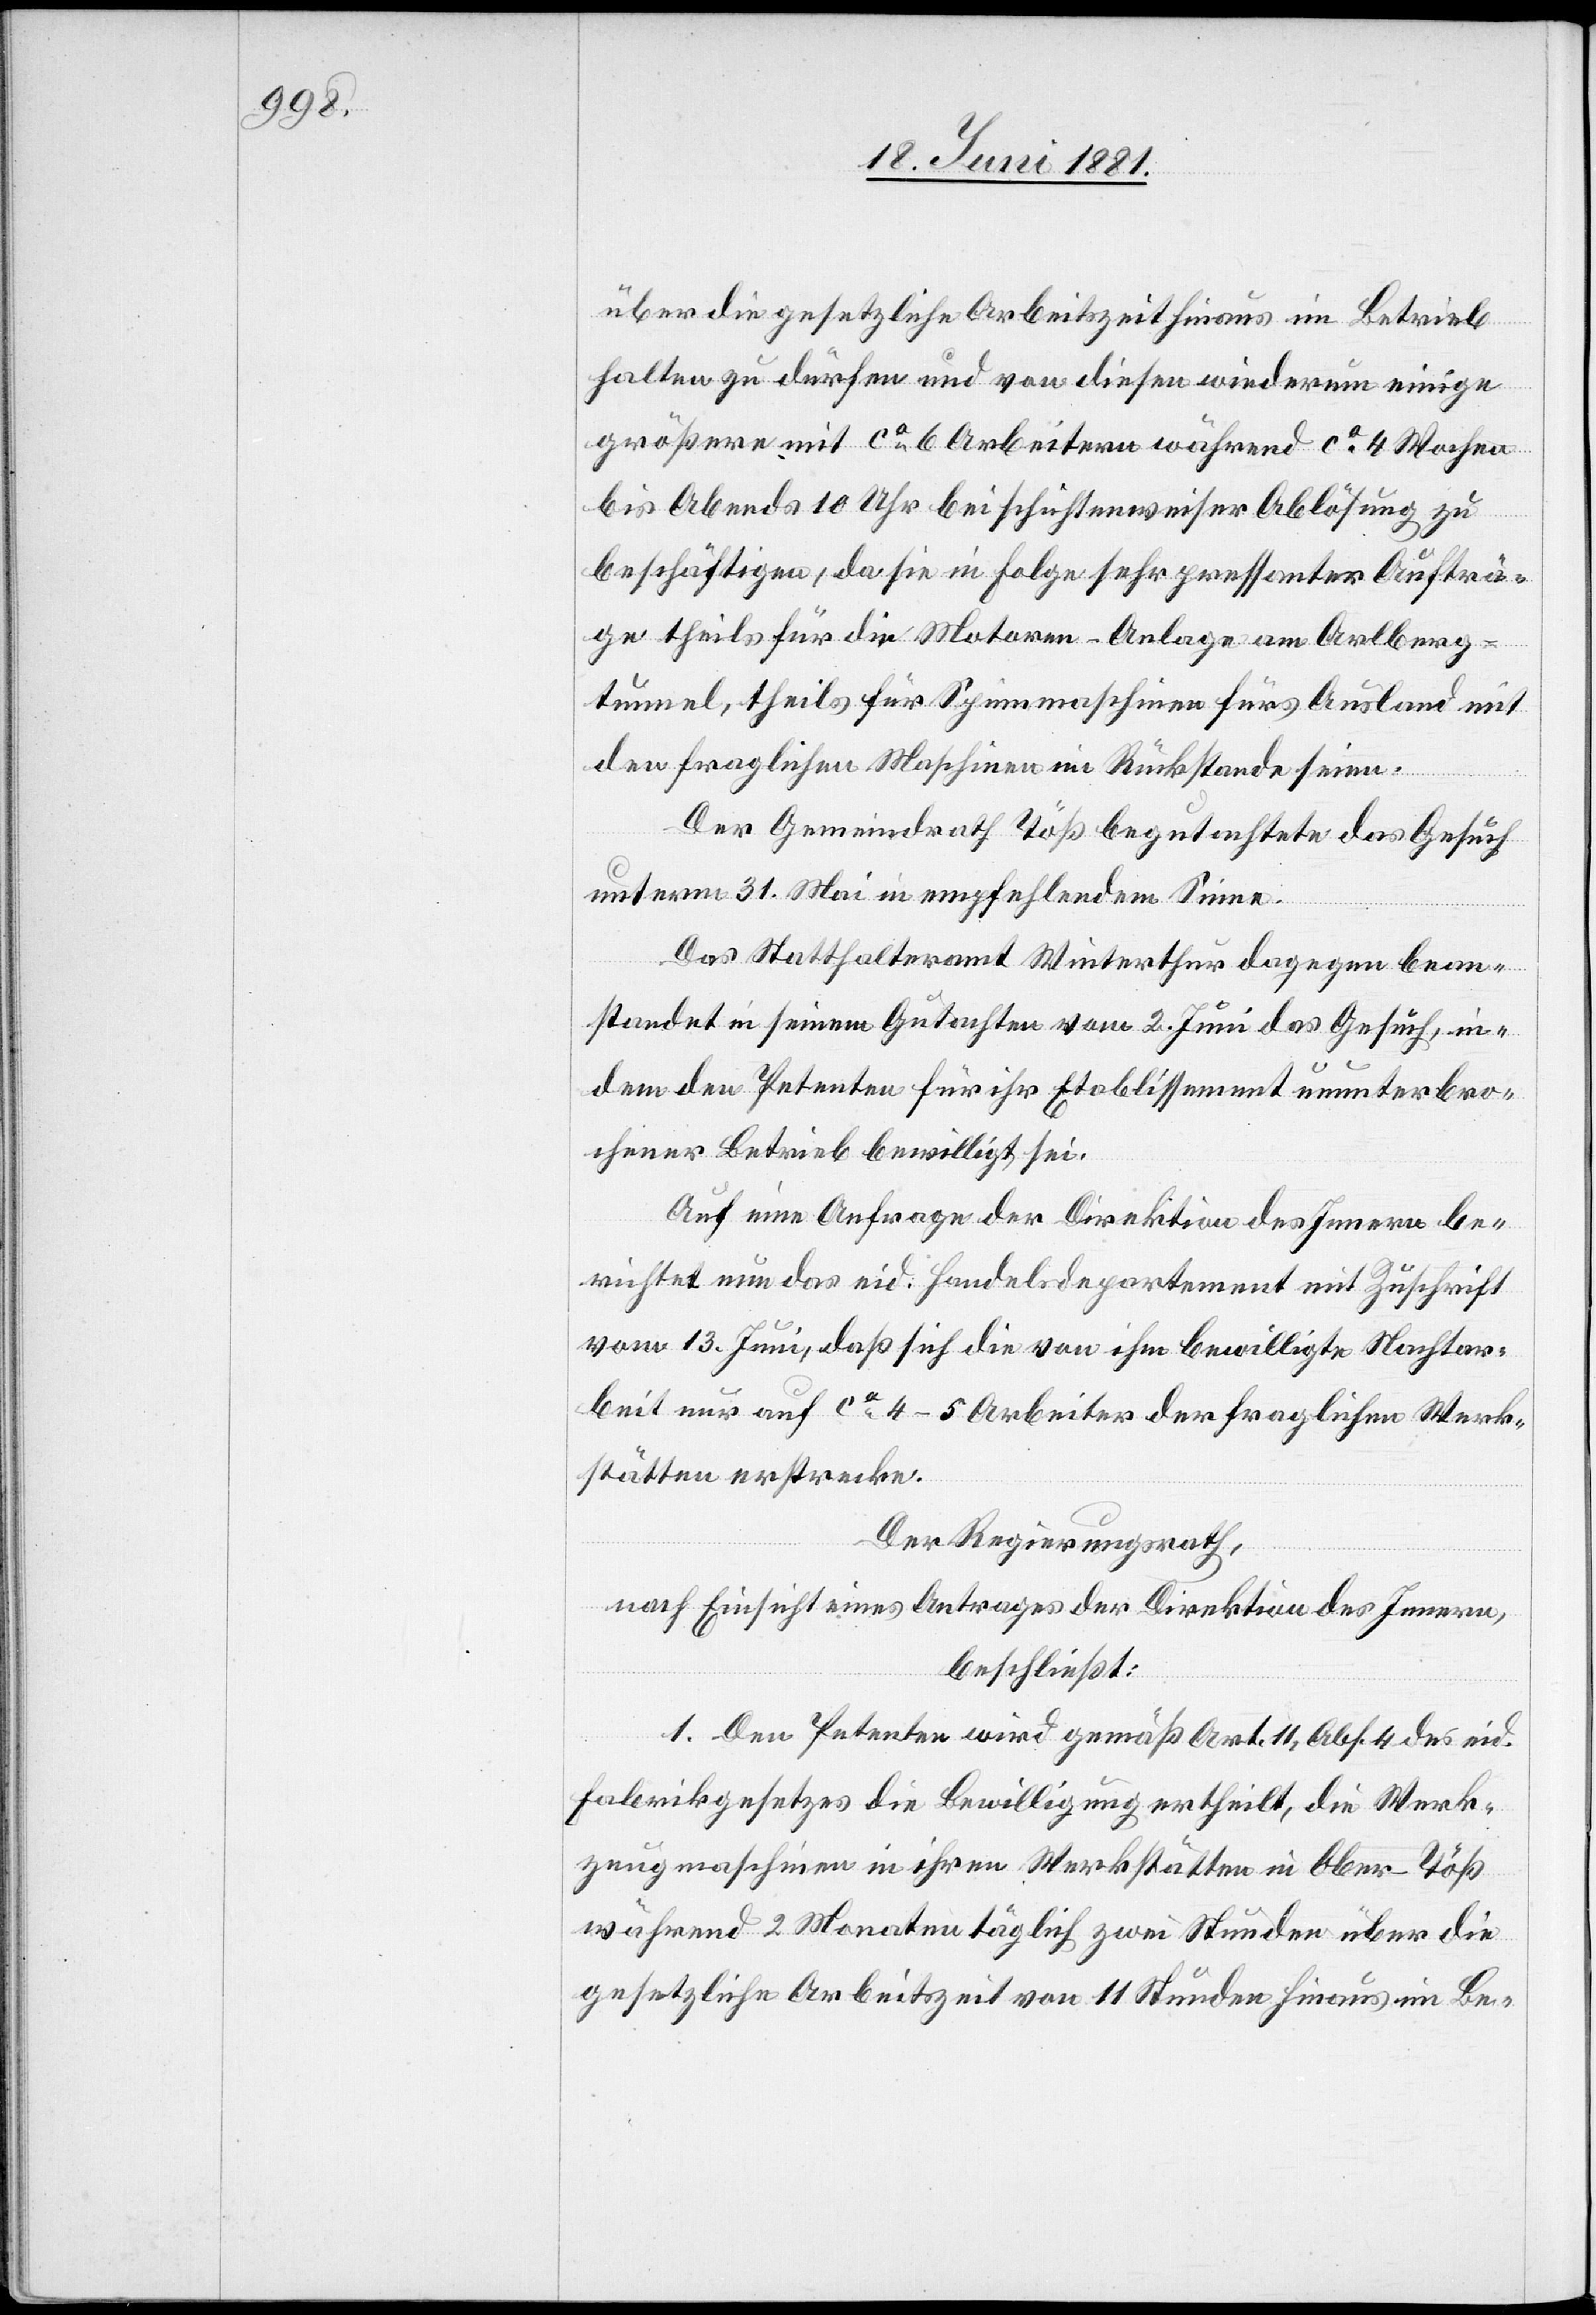
über die gesetzliche Arbeitszeit hinaus im Betrieb
halten zu dürfen und von diesen wiederum einige
größere mit ca 6 Arbeitern während ca 4 Wochen
bis Abends 10 Uhr bei schichtenweiser Ablösung zu
beschäftigen, da sie in Folge sehr pressanter Aufträ¬
ge theils für die Motoren-Anlage am Arlberg¬
tunnel, theils für Spinnmaschinen fürs Ausland mit
den fraglichen Maschinen im Rückstande seien.
Der Gemeindrath Töß begutachtete das Gesuch
unterm 31. Mai in entsprechendem Sinne.
Das Statthalteramt Winterthur dagegen bean¬
standet in seinem Gutachten vom 2. Juni das Gesuch, in¬
dem den Petenten für ihr Etablissement ununterbro¬
chener Betrieb bewilligt sei.
Auf eine Anfrage der Direktion des Innern be¬
richtet nun das eid. Handelsdepartement mit Zuschrift
vom 13. Juni, daß sich die von ihm bewilligte Nachtar¬
beit nur auf ca 4–5 Arbeiter der fraglichen Werk¬
stätten erstrecke.
Der Regierungsrath,
nach Einsicht eines Antrages der Direktion des Innern,
beschließt:
1. Den Petenten wird gemäß Art. 11, Abs. 4 des eid.
Fabrikgesetzes die Bewilligung ertheilt, die Werk¬
zeugmaschinen in ihren Werkstätten in Ober-Töß
während 2 Monaten täglich zwei Stunden über die
gesetzliche Arbeitszeit von 11 Stunden hinaus im Be-